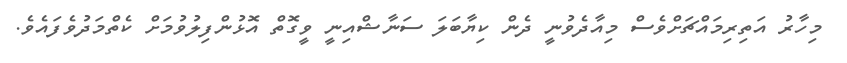
މިހާރު އަތިރިމައްޗަށްވެސް މިއާދެވުނީ ދެން ކިޔާބަލަ ސަނާޝްއިނީ ވީގޮތް އޮޅުންފިލުވުމަށް ކެތްމަދުވެފައެވެ.